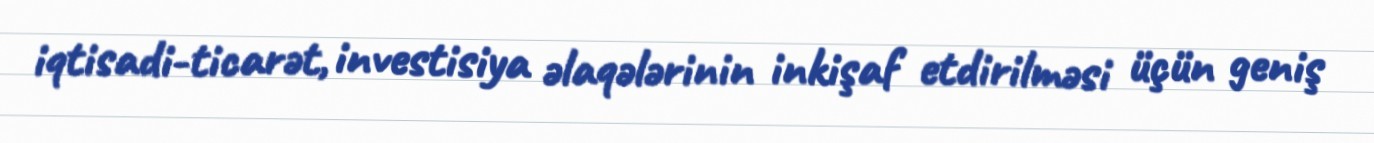
iqtisadi-ticarət, investisiya əlaqələrinin inkişaf etdirilməsi üçün geniş